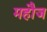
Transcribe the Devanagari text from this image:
महौज